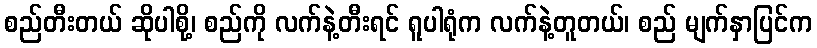
စည်တီးတယ် ဆိုပါစို့၊ စည်ကို လက်နဲ့တီးရင် ရူပါရုံက လက်နဲ့တူတယ်၊ စည် မျက်နှာပြင်က